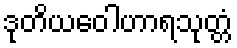
ဒုတိယဝေါဟာရသုတ္တံ